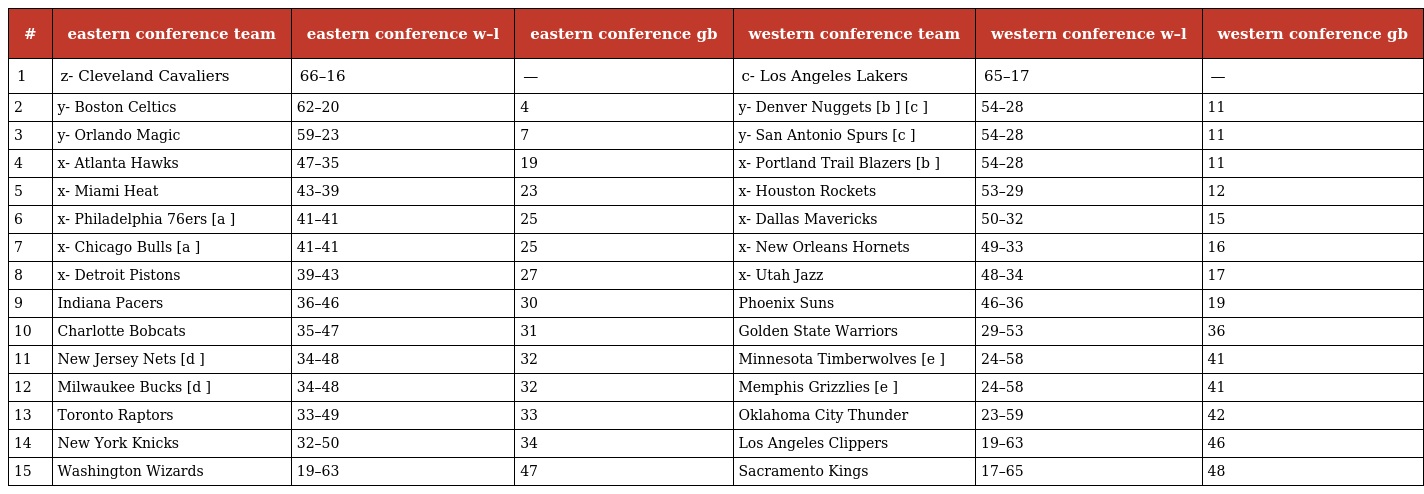
| # | eastern conference team | eastern conference w–l | eastern conference gb | western conference team | western conference w–l | western conference gb |
 | --- | --- | --- | --- | --- | --- | --- |
 | 1 | z- Cleveland Cavaliers | 66–16 | — | c- Los Angeles Lakers | 65–17 | — |
 | 2 | y- Boston Celtics | 62–20 | 4 | y- Denver Nuggets [b ] [c ] | 54–28 | 11 |
 | 3 | y- Orlando Magic | 59–23 | 7 | y- San Antonio Spurs [c ] | 54–28 | 11 |
 | 4 | x- Atlanta Hawks | 47–35 | 19 | x- Portland Trail Blazers [b ] | 54–28 | 11 |
 | 5 | x- Miami Heat | 43–39 | 23 | x- Houston Rockets | 53–29 | 12 |
 | 6 | x- Philadelphia 76ers [a ] | 41–41 | 25 | x- Dallas Mavericks | 50–32 | 15 |
 | 7 | x- Chicago Bulls [a ] | 41–41 | 25 | x- New Orleans Hornets | 49–33 | 16 |
 | 8 | x- Detroit Pistons | 39–43 | 27 | x- Utah Jazz | 48–34 | 17 |
 | 9 | Indiana Pacers | 36–46 | 30 | Phoenix Suns | 46–36 | 19 |
 | 10 | Charlotte Bobcats | 35–47 | 31 | Golden State Warriors | 29–53 | 36 |
 | 11 | New Jersey Nets [d ] | 34–48 | 32 | Minnesota Timberwolves [e ] | 24–58 | 41 |
 | 12 | Milwaukee Bucks [d ] | 34–48 | 32 | Memphis Grizzlies [e ] | 24–58 | 41 |
 | 13 | Toronto Raptors | 33–49 | 33 | Oklahoma City Thunder | 23–59 | 42 |
 | 14 | New York Knicks | 32–50 | 34 | Los Angeles Clippers | 19–63 | 46 |
 | 15 | Washington Wizards | 19–63 | 47 | Sacramento Kings | 17–65 | 48 |